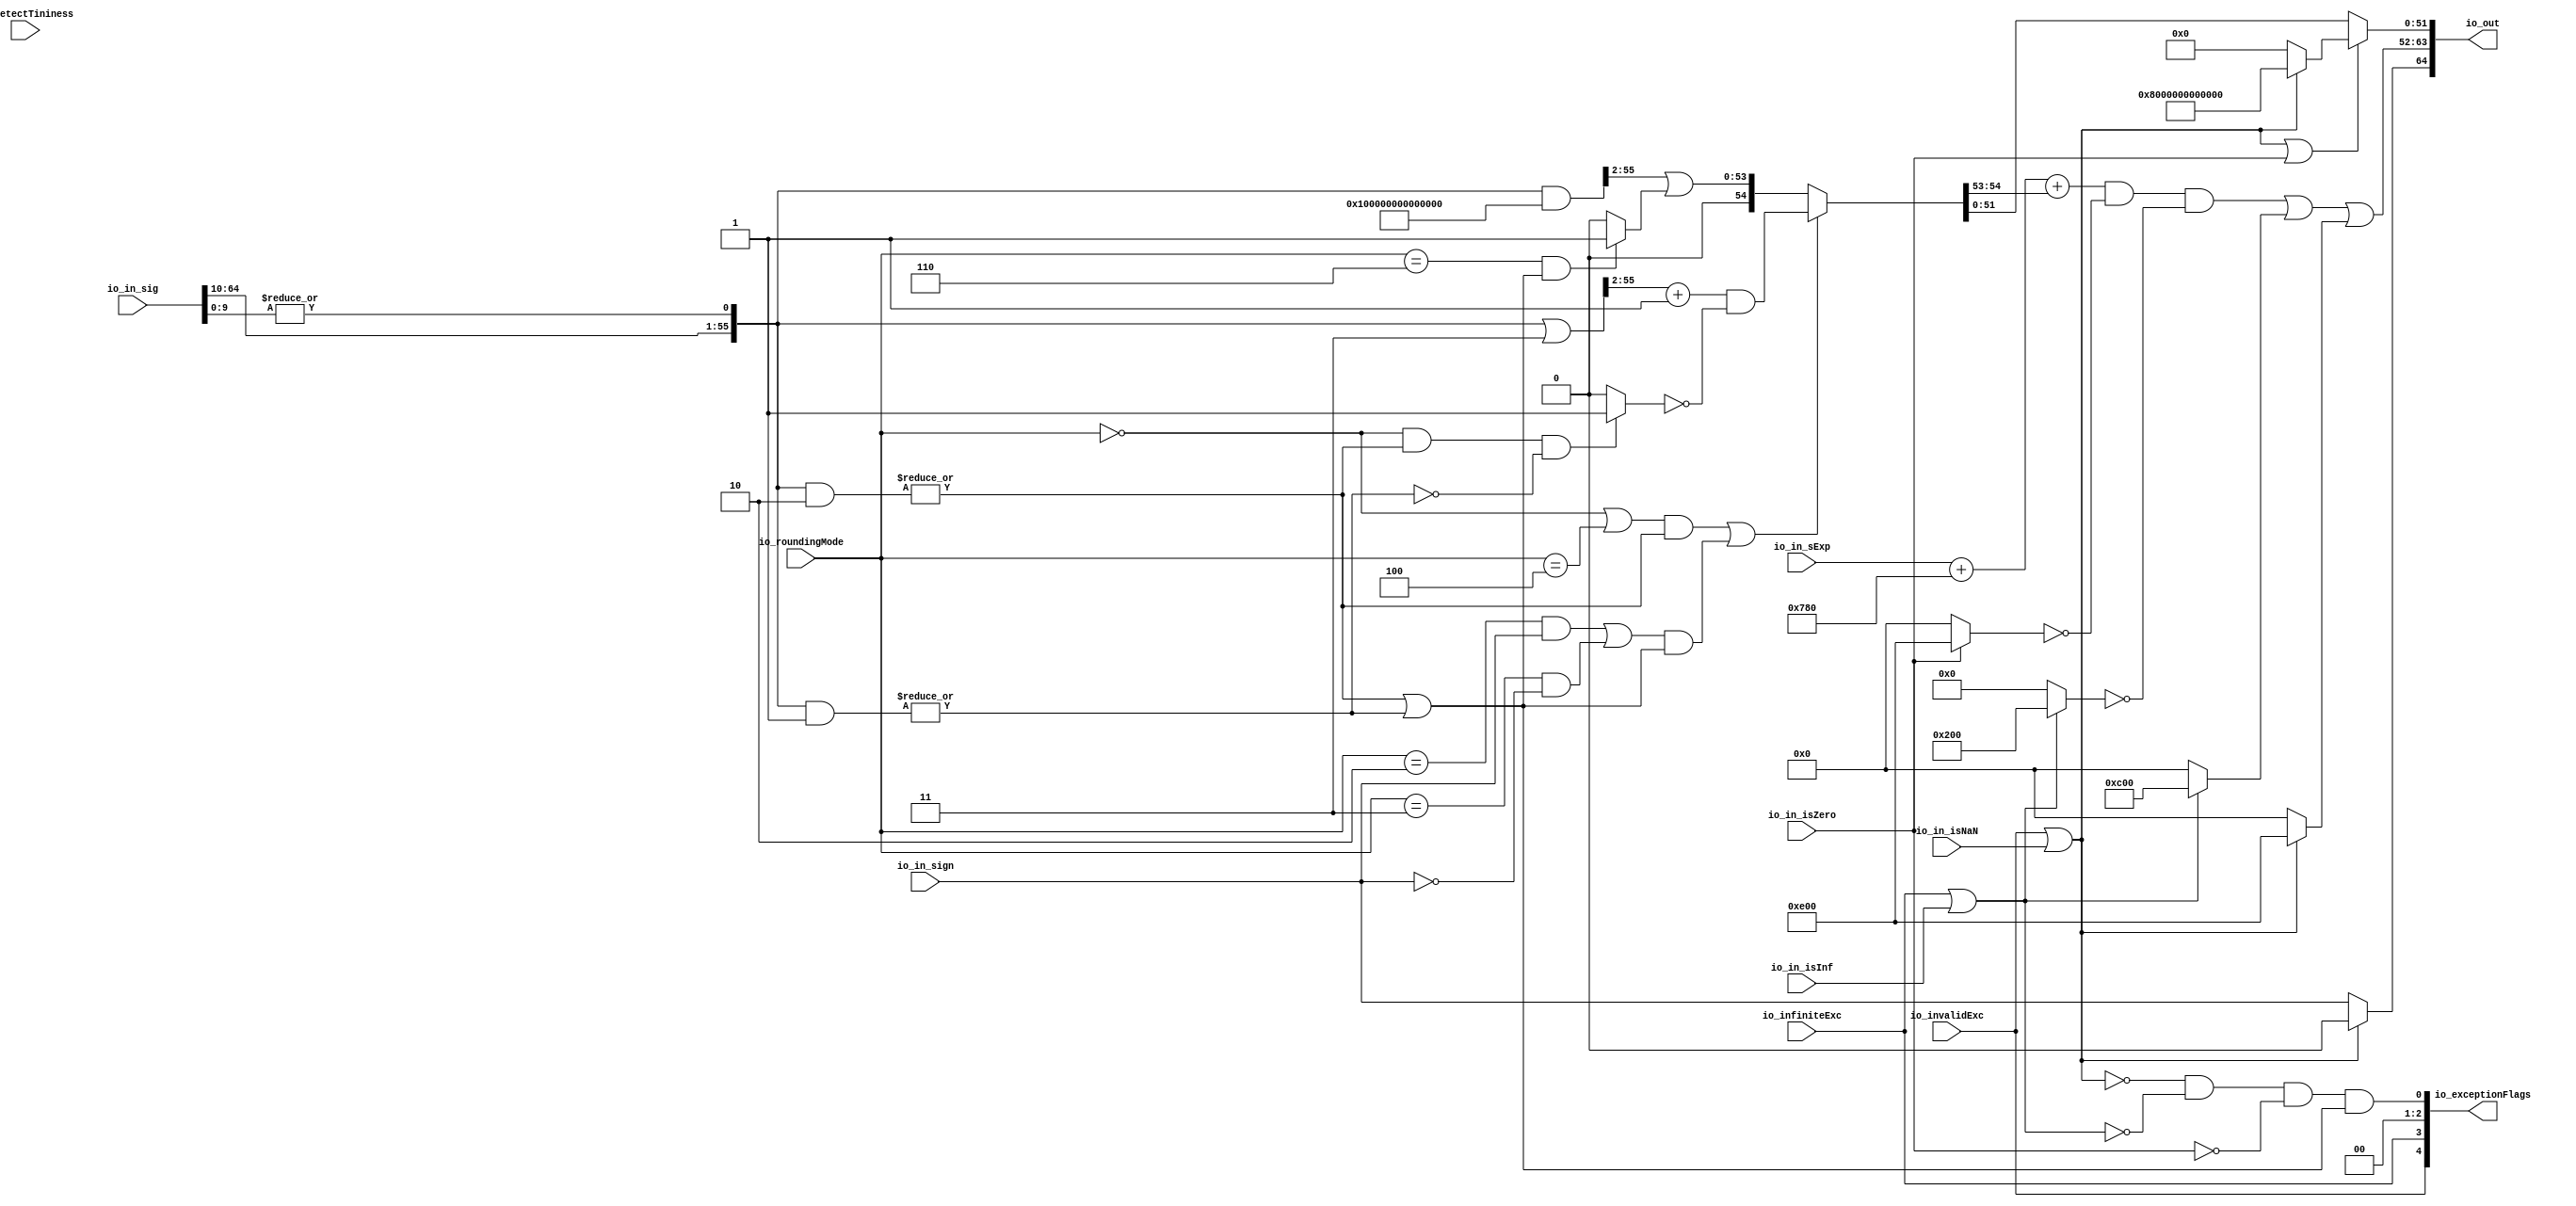
module RoundAnyRawFNToRecFN_1(
  input         io_invalidExc,
  input         io_infiniteExc,
  input         io_in_isNaN,
  input         io_in_isInf,
  input         io_in_isZero,
  input         io_in_sign,
  input  [8:0]  io_in_sExp,
  input  [64:0] io_in_sig,
  input  [2:0]  io_roundingMode,
  input         io_detectTininess,
  output [64:0] io_out,
  output [4:0]  io_exceptionFlags
);
  wire  roundingMode_near_even = io_roundingMode == 3'h0; // @[RoundAnyRawFNToRecFN.scala 88:53]
  wire  roundingMode_min = io_roundingMode == 3'h2; // @[RoundAnyRawFNToRecFN.scala 90:53]
  wire  roundingMode_max = io_roundingMode == 3'h3; // @[RoundAnyRawFNToRecFN.scala 91:53]
  wire  roundingMode_near_maxMag = io_roundingMode == 3'h4; // @[RoundAnyRawFNToRecFN.scala 92:53]
  wire  roundingMode_odd = io_roundingMode == 3'h6; // @[RoundAnyRawFNToRecFN.scala 93:53]
  wire  roundMagUp = roundingMode_min & io_in_sign | roundingMode_max & ~io_in_sign; // @[RoundAnyRawFNToRecFN.scala 96:42]
  wire [11:0] _GEN_0 = {{3{io_in_sExp[8]}},io_in_sExp}; // @[RoundAnyRawFNToRecFN.scala 102:25]
  wire [12:0] _sAdjustedExp_T = $signed(_GEN_0) + 12'sh780; // @[RoundAnyRawFNToRecFN.scala 102:25]
  wire [12:0] sAdjustedExp = {1'b0,$signed(_sAdjustedExp_T[11:0])}; // @[RoundAnyRawFNToRecFN.scala 104:31]
  wire [54:0] adjustedSig_hi = io_in_sig[64:10]; // @[RoundAnyRawFNToRecFN.scala 114:26]
  wire  adjustedSig_lo = |io_in_sig[9:0]; // @[RoundAnyRawFNToRecFN.scala 115:60]
  wire [55:0] adjustedSig = {adjustedSig_hi,adjustedSig_lo}; // @[Cat.scala 30:58]
  wire [55:0] _roundPosBit_T = adjustedSig & 56'h2; // @[RoundAnyRawFNToRecFN.scala 162:40]
  wire  roundPosBit = |_roundPosBit_T; // @[RoundAnyRawFNToRecFN.scala 162:56]
  wire [55:0] _anyRoundExtra_T = adjustedSig & 56'h1; // @[RoundAnyRawFNToRecFN.scala 163:42]
  wire  anyRoundExtra = |_anyRoundExtra_T; // @[RoundAnyRawFNToRecFN.scala 163:62]
  wire  anyRound = roundPosBit | anyRoundExtra; // @[RoundAnyRawFNToRecFN.scala 164:36]
  wire  _roundIncr_T_1 = (roundingMode_near_even | roundingMode_near_maxMag) & roundPosBit; // @[RoundAnyRawFNToRecFN.scala 167:67]
  wire  _roundIncr_T_2 = roundMagUp & anyRound; // @[RoundAnyRawFNToRecFN.scala 169:29]
  wire  roundIncr = _roundIncr_T_1 | _roundIncr_T_2; // @[RoundAnyRawFNToRecFN.scala 168:31]
  wire [55:0] _roundedSig_T = adjustedSig | 56'h3; // @[RoundAnyRawFNToRecFN.scala 172:32]
  wire [54:0] _roundedSig_T_2 = _roundedSig_T[55:2] + 54'h1; // @[RoundAnyRawFNToRecFN.scala 172:49]
  wire  _roundedSig_T_4 = ~anyRoundExtra; // @[RoundAnyRawFNToRecFN.scala 174:30]
  wire [54:0] _roundedSig_T_7 = roundingMode_near_even & roundPosBit & _roundedSig_T_4 ? 55'h1 : 55'h0; // @[RoundAnyRawFNToRecFN.scala 173:25]
  wire [54:0] _roundedSig_T_8 = ~_roundedSig_T_7; // @[RoundAnyRawFNToRecFN.scala 173:21]
  wire [54:0] _roundedSig_T_9 = _roundedSig_T_2 & _roundedSig_T_8; // @[RoundAnyRawFNToRecFN.scala 172:61]
  wire [55:0] _roundedSig_T_11 = adjustedSig & 56'hfffffffffffffc; // @[RoundAnyRawFNToRecFN.scala 178:30]
  wire [54:0] _roundedSig_T_15 = roundingMode_odd & anyRound ? 55'h1 : 55'h0; // @[RoundAnyRawFNToRecFN.scala 179:24]
  wire [54:0] _GEN_1 = {{1'd0}, _roundedSig_T_11[55:2]}; // @[RoundAnyRawFNToRecFN.scala 178:47]
  wire [54:0] _roundedSig_T_16 = _GEN_1 | _roundedSig_T_15; // @[RoundAnyRawFNToRecFN.scala 178:47]
  wire [54:0] roundedSig = roundIncr ? _roundedSig_T_9 : _roundedSig_T_16; // @[RoundAnyRawFNToRecFN.scala 171:16]
  wire [2:0] _sRoundedExp_T_1 = {1'b0,$signed(roundedSig[54:53])}; // @[RoundAnyRawFNToRecFN.scala 183:69]
  wire [12:0] _GEN_2 = {{10{_sRoundedExp_T_1[2]}},_sRoundedExp_T_1}; // @[RoundAnyRawFNToRecFN.scala 183:40]
  wire [13:0] sRoundedExp = $signed(sAdjustedExp) + $signed(_GEN_2); // @[RoundAnyRawFNToRecFN.scala 183:40]
  wire [11:0] common_expOut = sRoundedExp[11:0]; // @[RoundAnyRawFNToRecFN.scala 185:37]
  wire [51:0] common_fractOut = roundedSig[51:0]; // @[RoundAnyRawFNToRecFN.scala 189:27]
  wire  isNaNOut = io_invalidExc | io_in_isNaN; // @[RoundAnyRawFNToRecFN.scala 233:34]
  wire  notNaN_isSpecialInfOut = io_infiniteExc | io_in_isInf; // @[RoundAnyRawFNToRecFN.scala 234:49]
  wire  commonCase = ~isNaNOut & ~notNaN_isSpecialInfOut & ~io_in_isZero; // @[RoundAnyRawFNToRecFN.scala 235:61]
  wire  inexact = commonCase & anyRound; // @[RoundAnyRawFNToRecFN.scala 238:43]
  wire  signOut = isNaNOut ? 1'h0 : io_in_sign; // @[RoundAnyRawFNToRecFN.scala 248:22]
  wire [11:0] _expOut_T_1 = io_in_isZero ? 12'he00 : 12'h0; // @[RoundAnyRawFNToRecFN.scala 251:18]
  wire [11:0] _expOut_T_2 = ~_expOut_T_1; // @[RoundAnyRawFNToRecFN.scala 251:14]
  wire [11:0] _expOut_T_3 = common_expOut & _expOut_T_2; // @[RoundAnyRawFNToRecFN.scala 250:24]
  wire [11:0] _expOut_T_11 = notNaN_isSpecialInfOut ? 12'h200 : 12'h0; // @[RoundAnyRawFNToRecFN.scala 263:18]
  wire [11:0] _expOut_T_12 = ~_expOut_T_11; // @[RoundAnyRawFNToRecFN.scala 263:14]
  wire [11:0] _expOut_T_13 = _expOut_T_3 & _expOut_T_12; // @[RoundAnyRawFNToRecFN.scala 262:17]
  wire [11:0] _expOut_T_18 = notNaN_isSpecialInfOut ? 12'hc00 : 12'h0; // @[RoundAnyRawFNToRecFN.scala 275:16]
  wire [11:0] _expOut_T_19 = _expOut_T_13 | _expOut_T_18; // @[RoundAnyRawFNToRecFN.scala 274:15]
  wire [11:0] _expOut_T_20 = isNaNOut ? 12'he00 : 12'h0; // @[RoundAnyRawFNToRecFN.scala 276:16]
  wire [11:0] expOut = _expOut_T_19 | _expOut_T_20; // @[RoundAnyRawFNToRecFN.scala 275:77]
  wire [51:0] _fractOut_T_2 = isNaNOut ? 52'h8000000000000 : 52'h0; // @[RoundAnyRawFNToRecFN.scala 279:16]
  wire [51:0] fractOut = isNaNOut | io_in_isZero ? _fractOut_T_2 : common_fractOut; // @[RoundAnyRawFNToRecFN.scala 278:12]
  wire [12:0] io_out_hi = {signOut,expOut}; // @[Cat.scala 30:58]
  wire [1:0] io_exceptionFlags_lo = {1'h0,inexact}; // @[Cat.scala 30:58]
  wire [2:0] io_exceptionFlags_hi = {io_invalidExc,io_infiniteExc,1'h0}; // @[Cat.scala 30:58]
  assign io_out = {io_out_hi,fractOut}; // @[Cat.scala 30:58]
  assign io_exceptionFlags = {io_exceptionFlags_hi,io_exceptionFlags_lo}; // @[Cat.scala 30:58]
endmodule